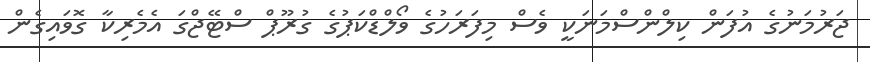
ޖަރުމަނުގެ އުފަން ކިލްންސްމަނަކީ ވެސް މިފަރަހުގެ ވޯލްޑްކަޕުގެ ގުރޫޕް ސްޓޭޖްގަ އެމެރިކާ ގޮވައިގެން